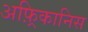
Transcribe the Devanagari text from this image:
अफ़्रिकानिस